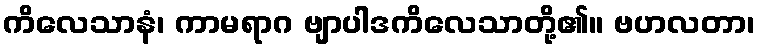
ကိလေသာနံ၊ ကာမရာဂ ဗျာပါဒကိလေသာတို့၏။ ဗဟလတာ၊